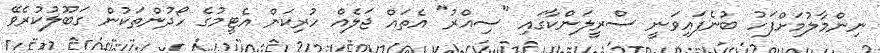
ނިންމާލުމަށްފަހު ބުނެފައިވަނީ ސްރީލަންކާގައި "ސިއްރު" އެތައް ޖަލެއް ހުރިކަން އެޓީމުގެ ހޯދުންތަކުން ގަބޫލުކުރެވޭ